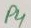
Text: P4